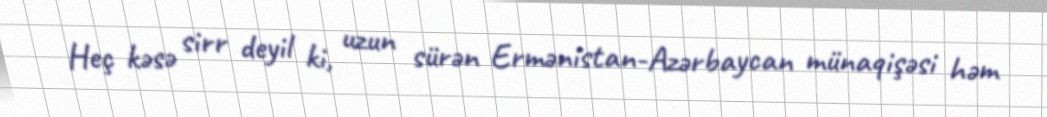
Heç kəsə sirr deyil ki, uzun sürən Ermənistan-Azərbaycan münaqişəsi həm